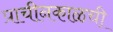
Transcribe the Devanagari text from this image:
प्राचीनकाळची